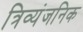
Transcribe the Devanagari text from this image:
त्रिव्यंजनिक